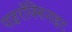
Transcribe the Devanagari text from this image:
पाइरॉक्सिनाइट